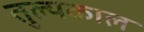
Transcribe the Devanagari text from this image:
तुल्यकाल